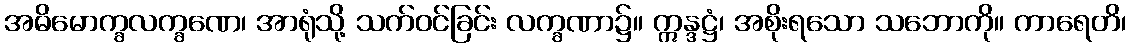
အဓိမောက္ခလက္ခဏေ၊ အာရုံသို့ သက်ဝင်ခြင်း လက္ခဏာ၌။ ဣန္ဒဋ္ဌံ၊ အစိုးရသော သဘောကို။ ကာရေတိ၊